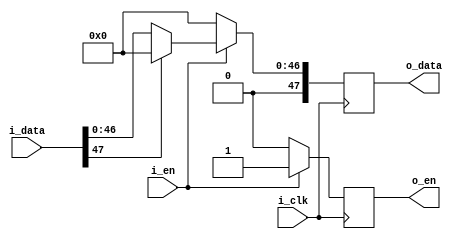
`timescale 1ns / 1ps
//////////////////////////////////////////////////////////////////////////////////
// Company: 
// Engineer: 
// 
// Design Name: 
// Module Name: relu
// Project Name: 
// Target Devices: 
// Tool Versions: 
// Description: 
// 
// Dependencies: 
// 
// Revision:
// Revision 0.01 - File Created
// Additional Comments:
// 
//////////////////////////////////////////////////////////////////////////////////


module relu(
    input i_clk,
    input wire signed [47:0] i_data,
    input wire i_en,

    output reg o_en,
    output reg signed [47:0] o_data
    );

    always @(posedge i_clk) begin
        if(i_en) begin
            if(i_data[47]) begin//num negativo
                o_data <= 0;
            end
            else begin
                o_data <= i_data;
            end
            o_en <= 1;
        end
        else begin
            o_en <= 0;
            o_data <= 0;
        end
    end
endmodule